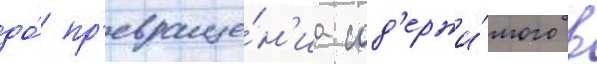
до́ пр'евраще́н'иа сод'ержи́мого в